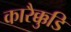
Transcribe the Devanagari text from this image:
कारैक्कुडि